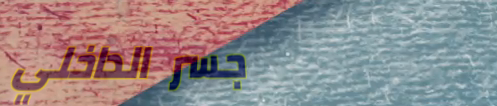
جسر الداخلي